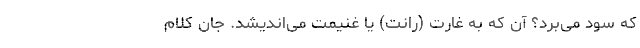
که سود می‌برد؟ آن که به غارت (رانت) یا غنیمت می‌اندیشد. جان کلام